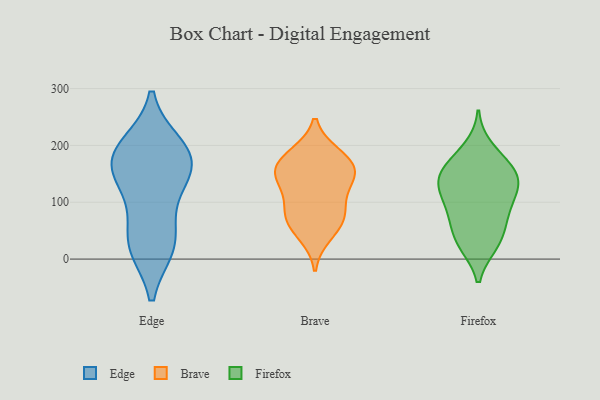
{"axis": {"x": "Churn Rate (%)", "y": "Value"}, "legend": ["Brave", "Edge", "Firefox"], "data": [{"x": "", "y": 147, "type": "Edge"}, {"x": "", "y": 193, "type": "Edge"}, {"x": "", "y": 154, "type": "Edge"}, {"x": "", "y": 28, "type": "Edge"}, {"x": "", "y": 99, "type": "Edge"}, {"x": "", "y": 23, "type": "Edge"}, {"x": "", "y": 168, "type": "Edge"}, {"x": "", "y": 179, "type": "Edge"}, {"x": "", "y": 27, "type": "Edge"}, {"x": "", "y": 199, "type": "Edge"}, {"x": "", "y": 184, "type": "Brave"}, {"x": "", "y": 69, "type": "Brave"}, {"x": "", "y": 148, "type": "Brave"}, {"x": "", "y": 128, "type": "Brave"}, {"x": "", "y": 159, "type": "Brave"}, {"x": "", "y": 183, "type": "Brave"}, {"x": "", "y": 158, "type": "Brave"}, {"x": "", "y": 42, "type": "Brave"}, {"x": "", "y": 80, "type": "Brave"}, {"x": "", "y": 101, "type": "Brave"}, {"x": "", "y": 68, "type": "Brave"}, {"x": "", "y": 149, "type": "Brave"}, {"x": "", "y": 196, "type": "Firefox"}, {"x": "", "y": 33, "type": "Firefox"}, {"x": "", "y": 78, "type": "Firefox"}, {"x": "", "y": 72, "type": "Firefox"}, {"x": "", "y": 140, "type": "Firefox"}, {"x": "", "y": 113, "type": "Firefox"}, {"x": "", "y": 145, "type": "Firefox"}, {"x": "", "y": 106, "type": "Firefox"}, {"x": "", "y": 25, "type": "Firefox"}, {"x": "", "y": 154, "type": "Firefox"}, {"x": "", "y": 25, "type": "Firefox"}, {"x": "", "y": 66, "type": "Firefox"}, {"x": "", "y": 121, "type": "Firefox"}, {"x": "", "y": 161, "type": "Firefox"}, {"x": "", "y": 133, "type": "Firefox"}, {"x": "", "y": 173, "type": "Firefox"}]}